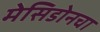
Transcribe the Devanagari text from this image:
मेसिडोनचा